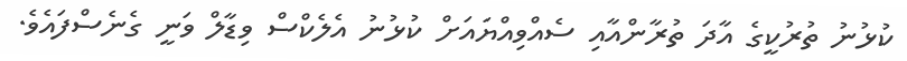
ކުޅުނު ތުރުކީގެ އާދަ ތުރާންއާއި ސެއްވިއްޔައަށް ކުޅުނު އެލެކްސް ވިޑާލް ވަނީ ގެނެސްފައެވެ.